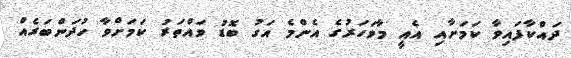
ދައްކާފައިވާ ކަމަށާއި އެއީ މާވަހަރުގެ އެންމެ އަގު ބޮޑު ވައްތަރު ކަމަށްވާ ހުދަންބަރެއް